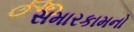
સમારકામનો